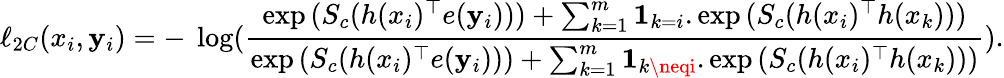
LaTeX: \ell_{2C}(x_{i},\mathbf{y}_{i})=-~\log(\frac{{\exp{(S_{c}(h(x_{i})^{\top}e(\mathbf{y}_{i})))}+\sum_{k=1}^{m}\mathbf{{1}}_{k=i}.\exp{(S_{c}(h(x_{i})^{\top}h(x_{k})))}}}{{\exp{(S_{c}(h(x_{i})^{\top}e(\mathbf{y}_{i})))}+\sum_{k=1}^{m}\mathbf{{1}}_{k\neqi}.\exp{(S_{c}(h(x_{i})^{\top}h(x_{k})))}}}).